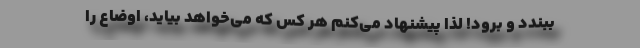
ببندد و برود! لذا پیشنهاد می‌کنم هر کس که می‌خواهد بیاید، اوضاع را